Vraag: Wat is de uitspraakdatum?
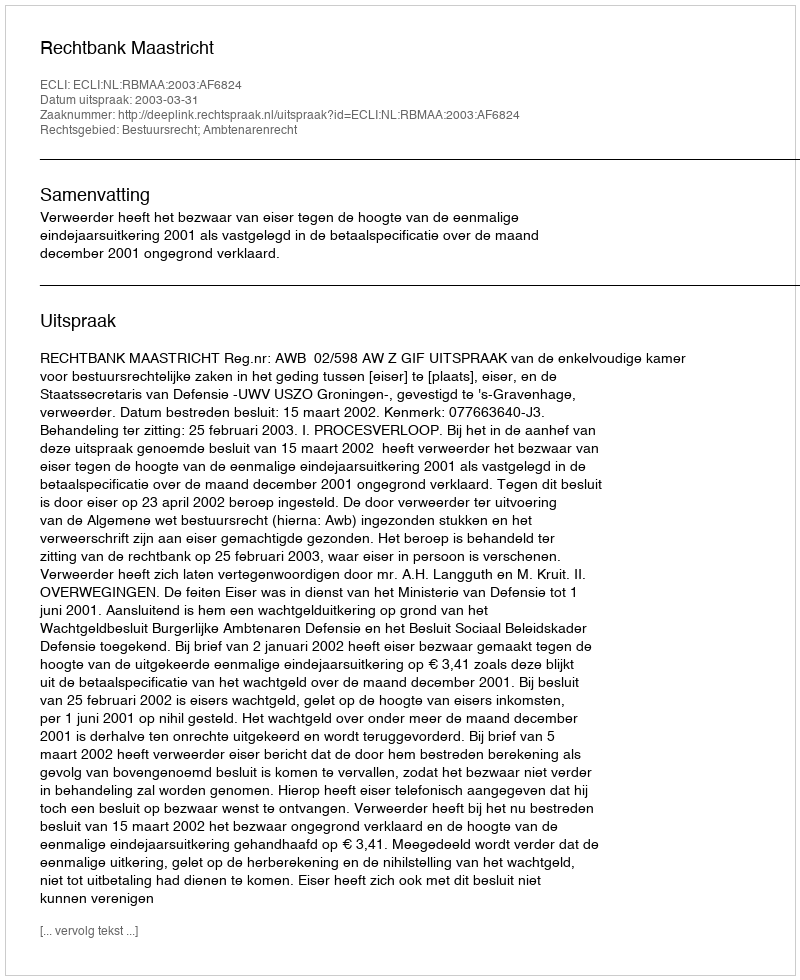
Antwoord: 2003-03-31